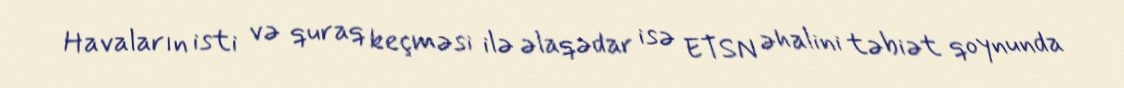
Havaların isti və quraq keçməsi ilə əlaqədar isə ETSN əhalini təbiət qoynunda